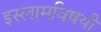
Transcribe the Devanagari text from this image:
इस्लामविषयी